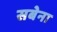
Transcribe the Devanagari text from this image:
सबेना